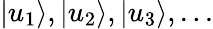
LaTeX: {|u_{1}\rangle,|u_{2}\rangle,|u_{3}\rangle,...}